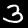
Digit: 3